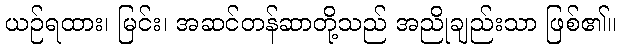
ယဉ်ရထား၊ မြင်း၊ အဆင်တန်ဆာတို့သည် အညိုချည်းသာ ဖြစ်၏။